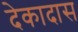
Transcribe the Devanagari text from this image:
देकादास